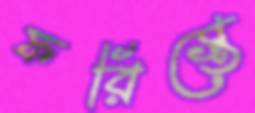
ফরিস্তে